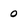
Character: 0